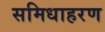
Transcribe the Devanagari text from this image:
समिधाहरण